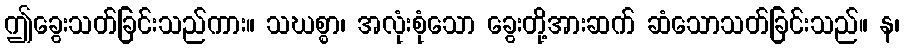
ဤခွေးသတ်ခြင်းသည်ကား။ သဃစ္စာ၊ အလုံးစုံသော ခွေးတို့အားဆက် ဆံသောသတ်ခြင်းသည်။ န၊